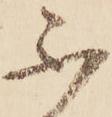
不